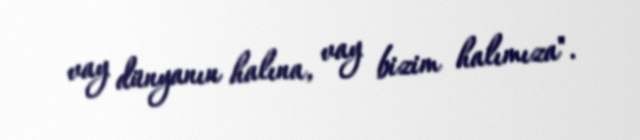
vay dünyanın halına, vay bizim halımıza".